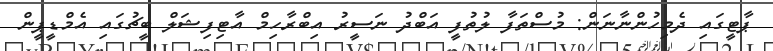
ޕާޓީގައި ދެމިހުންނާނަން: މުސްތަފާ ލުތުފީ އަބްދު ނަސީރު އިބްރާހިމް އާޓިފިޝަލް ބީޗުގައި އެމްޑީޕީން